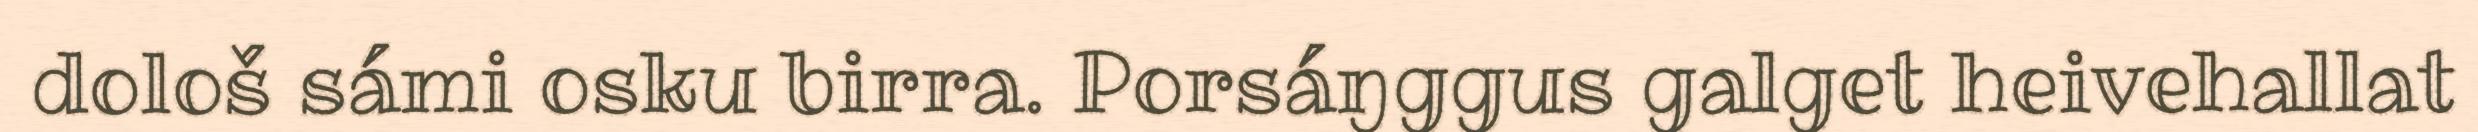
dološ sámi osku birra. Porsáŋggus galget heivehallat